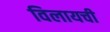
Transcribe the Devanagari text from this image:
विलायची